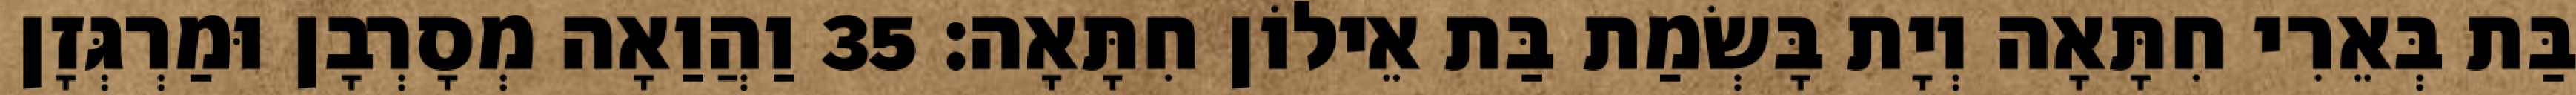
בַּת בְּאֵרִי חִתָּאָה וְיָת בָּשְׂמַת בַּת אֵילוֹן חִתָּאָה׃ 35 וַהֲוַאָה מְסָרְבָן וּמַרְגְּזָן